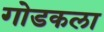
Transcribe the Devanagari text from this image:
गोडकला